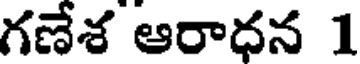
గణేశ ఆరాధన 1